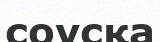
соусқа